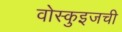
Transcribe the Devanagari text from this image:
वोस्कुइजची